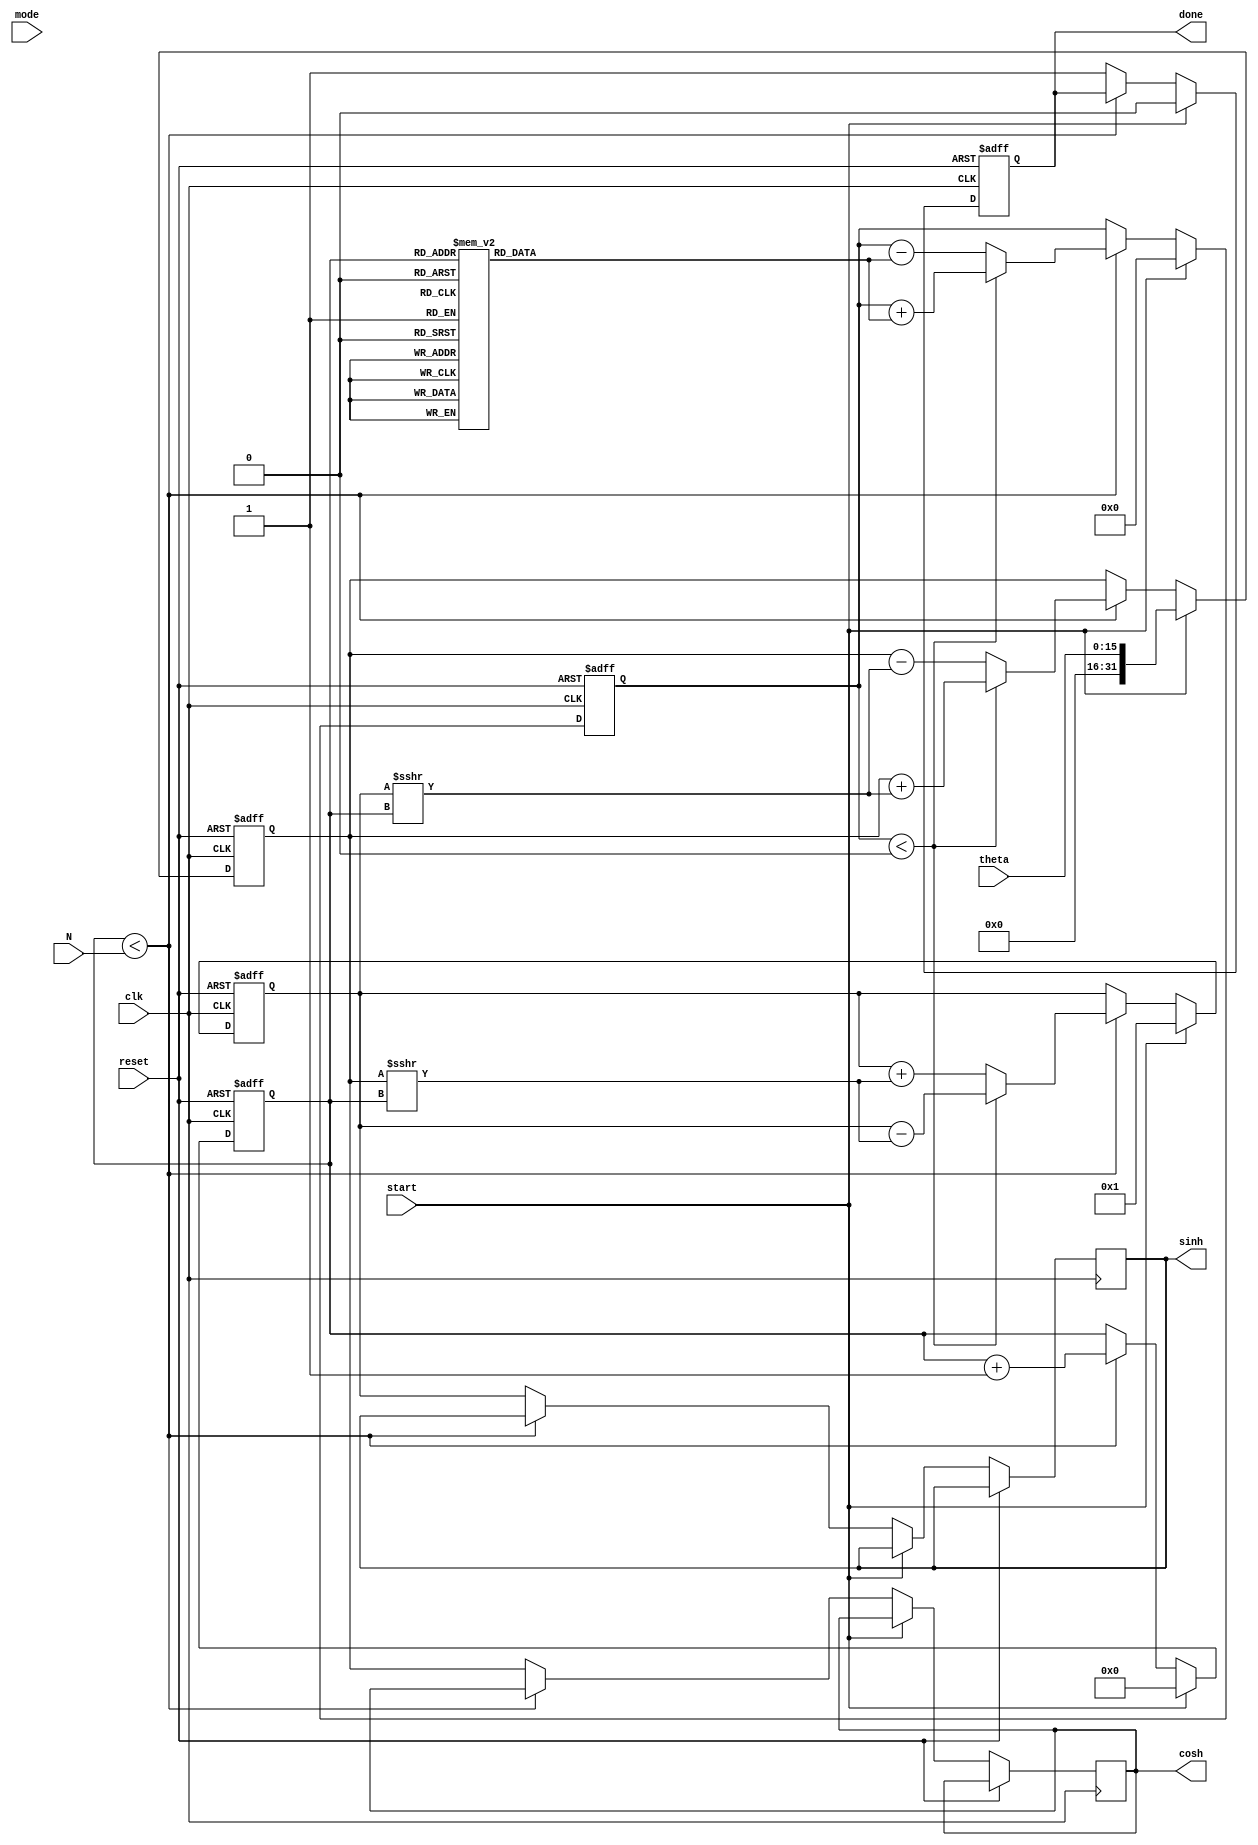
module hyperbolic_cordic (
    input wire clk,
    input wire reset,
    input wire start,
    input wire [15:0] theta, // Fixed-point representation of angle in radians
    input wire [3:0] N,      // Iteration count
    input wire mode,         // 0 for sinh/cosh, 1 for arsinh/arcosh
    output reg [31:0] sinh,  // Output for hyperbolic sine
    output reg [31:0] cosh,  // Output for hyperbolic cosine
    output reg done          // Status signal indicating completion
);

    // Internal registers
    reg [31:0] x, y, z;      // X, Y, Z registers
    reg [3:0] iteration;     // Iteration counter
    reg [31:0] atan_table [0:15]; // Lookup table for arctanh values

    // Initialize the arctanh lookup table
    initial begin
        atan_table[0] = 32'h00000000; // arctanh(0)
        atan_table[1] = 32'h00000001; // arctanh(1)
        atan_table[2] = 32'h00000002; // arctanh(2)
        atan_table[3] = 32'h00000003; // arctanh(3)
        // Fill in the rest of the table with appropriate values
        // ...
    end

    // State machine for CORDIC operation
    always @(posedge clk or posedge reset) begin
        if (reset) begin
            x <= 32'h00000000; // Initialize X
            y <= 32'h00000000; // Initialize Y
            z <= 32'h00000000; // Initialize Z
            iteration <= 0;    // Reset iteration counter
            done <= 0;         // Reset done signal
        end else if (start) begin
            // Initialization
            x <= theta; // Initialize X based on input angle
            y <= 32'h00000001; // Initialize Y to 1 (for cosh)
            z <= 32'h00000000; // Initialize Z to 0
            iteration <= 0;    // Start iteration
            done <= 0;         // Reset done signal
        end else if (iteration < N) begin
            // CORDIC iteration logic
            if (z < 0) begin
                // Perform rotation
                x <= x + (y >>> iteration); // Right shift for division by 2^iteration
                y <= y - (x >>> iteration);
                z <= z + atan_table[iteration]; // Update Z
            end else begin
                // Perform rotation
                x <= x - (y >>> iteration);
                y <= y + (x >>> iteration);
                z <= z - atan_table[iteration]; // Update Z
            end
            iteration <= iteration + 1; // Increment iteration counter
        end else begin
            // Completion
            sinh <= y; // Output sinh()
            cosh <= x; // Output cosh()
            done <= 1;  // Set done signal
        end
    end

endmodule